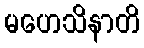
မဟေသိနာတိ